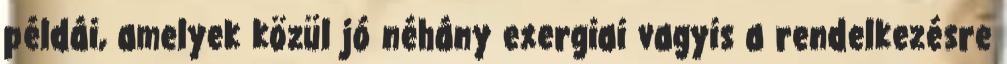
példái, amelyek közül jó néhány exergiai vagyis a rendelkezésre